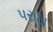
પરાઠા